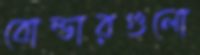
বোল্ডারগুলো